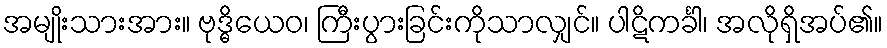
အမျိုးသားအား။ ဗုဒ္ဓိယေဝ၊ ကြီးပွားခြင်းကိုသာလျှင်။ ပါဋိကင်္ခါ၊ အလိုရှိအပ်၏။